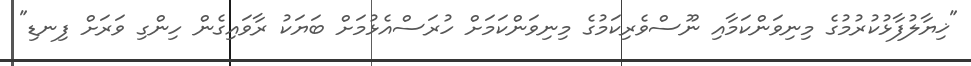
"ޚިޔާލުފާޅުކުރުމުގެ މިނިވަންކަމާއި ނޫސްވެރިކަމުގެ މިނިވަންކަމަށް ހުރަސްއެޅުމަށް ބަޔަކު ރާވައިގެން ހިންގި ވަރަށް ފިނޑި"